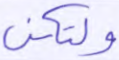
ولتكن